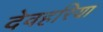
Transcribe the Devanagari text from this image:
देवहरिया